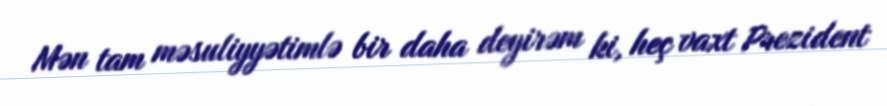
Mən tam məsuliyyətimlə bir daha deyirəm ki, heç vaxt Prezident